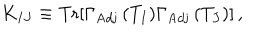
LaTeX: K _ { I J } \equiv \mathrm { T r } [ \Gamma _ { \mathrm { A d j } } \, ( T _ { I } ) \Gamma _ { \mathrm { A d j } } \, ( T _ { J } ) ] \, ,